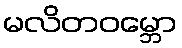
မလိတဝမ္ဘော